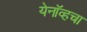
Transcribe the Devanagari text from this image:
स्त्र्येनॉव्हचा